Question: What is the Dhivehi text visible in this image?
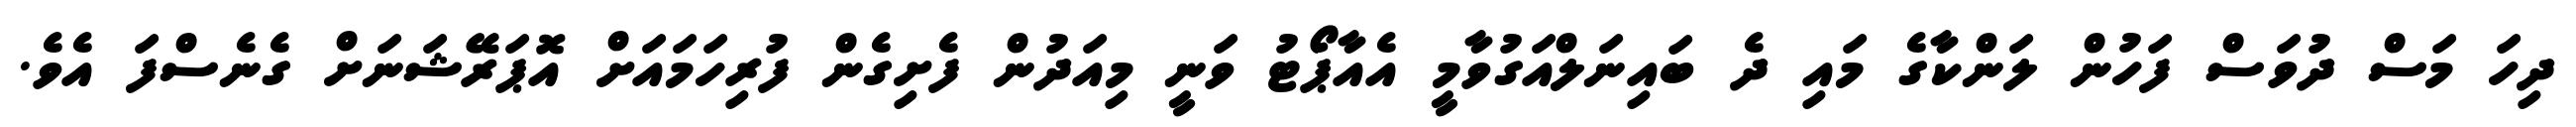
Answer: ދިހަ މަސް ދުވަސް ފަހުން ލަންކާގެ މައި ދެ ބައިނަލްއަގުވާމީ އެއާޕޯޓު ވަނީ މިއަދުން ފެށިގެން ފުރިހަމައަށް އޮޕަރޭޝަނަށް ގެނެސްފަ އެވެ.